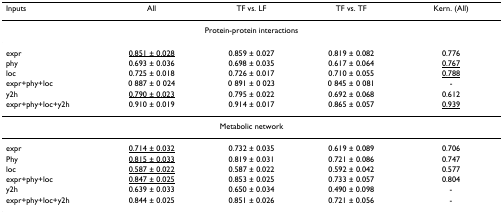
| Inputs | All | TF vs. LF | TF vs. TF | Kern. (All) |
 | --- | --- | --- | --- | --- |
 | <COLSPAN=5> Protein-protein interactions |
 | expr | <underline>0.851 ± 0.028</underline> | 0.859 ± 0.027 | 0.819 ± 0.082 | 0.776 |
 | phy | 0.693 ± 0.036 | 0.698 ± 0.035 | 0.617 ± 0.064 | <underline>0.767</underline> |
 | loc | 0.725 ± 0.018 | 0.726 ± 0.017 | 0.710 ± 0.055 | <underline>0.788</underline> |
 | expr+phy+loc | 0 887 ± 0 024 | 0 891 ± 0 023 | 0 845 ± 0 081 | - |
 | y2h | <underline>0.790 ± 0.023</underline> | 0.795 ± 0.022 | 0.692 ± 0.068 | 0.612 |
 | expr+phy+loc+y2h | 0.910 ± 0.019 | 0.914 ± 0.017 | 0.865 ± 0.057 | <underline>0.939</underline> |
 | <COLSPAN=5> Metabolic network |
 | expr | <underline>0.714 ± 0.032</underline> | 0.732 ± 0.035 | 0.619 ± 0.089 | 0.706 |
 | Phy | <underline>0.815 ± 0.033</underline> | 0.819 ± 0.031 | 0.721 ± 0.086 | 0.747 |
 | loc | <underline>0.587 ± 0.022</underline> | 0.587 ± 0.022 | 0.592 ± 0.042 | 0.577 |
 | expr+phy+loc | <underline>0.847 ± 0.025</underline> | 0.853 ± 0.025 | 0.733 ± 0.057 | 0.804 |
 | y2h | 0.639 ± 0.033 | 0.650 ± 0.034 | 0.490 ± 0.098 | - |
 | expr+phy+loc+y2h | 0.844 ± 0.025 | 0.851 ± 0.026 | 0.721 ± 0.056 | - |